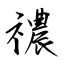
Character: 禯